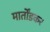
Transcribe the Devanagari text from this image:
मार्तोंडकर